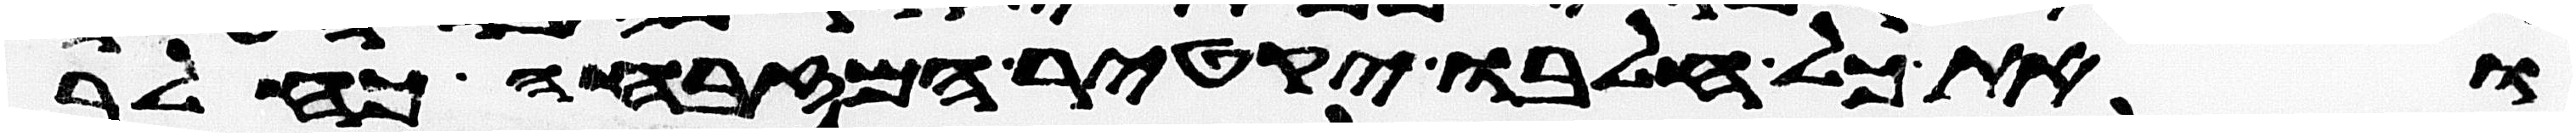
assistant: ואת כל חלבו יקטיר המזבחה כחלב